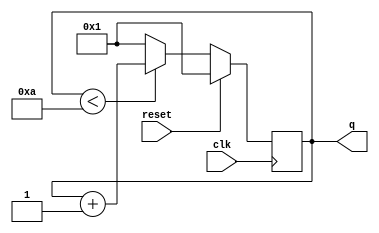
//Make a decade counter that counts 1 through 10, inclusive. The reset input is synchronous, and should reset the counter to 1.

module top_module (
    input clk,
    input reset,
    output [3:0] q);

    reg [3:0] count;
    
    assign q = count;

    always @(posedge clk) begin
        if (reset) begin
            count = 1;
        end
        else begin
            if (count < 10) 
                count <= count + 1;
            else
                count <= 1;
        end
    end
    
endmodule